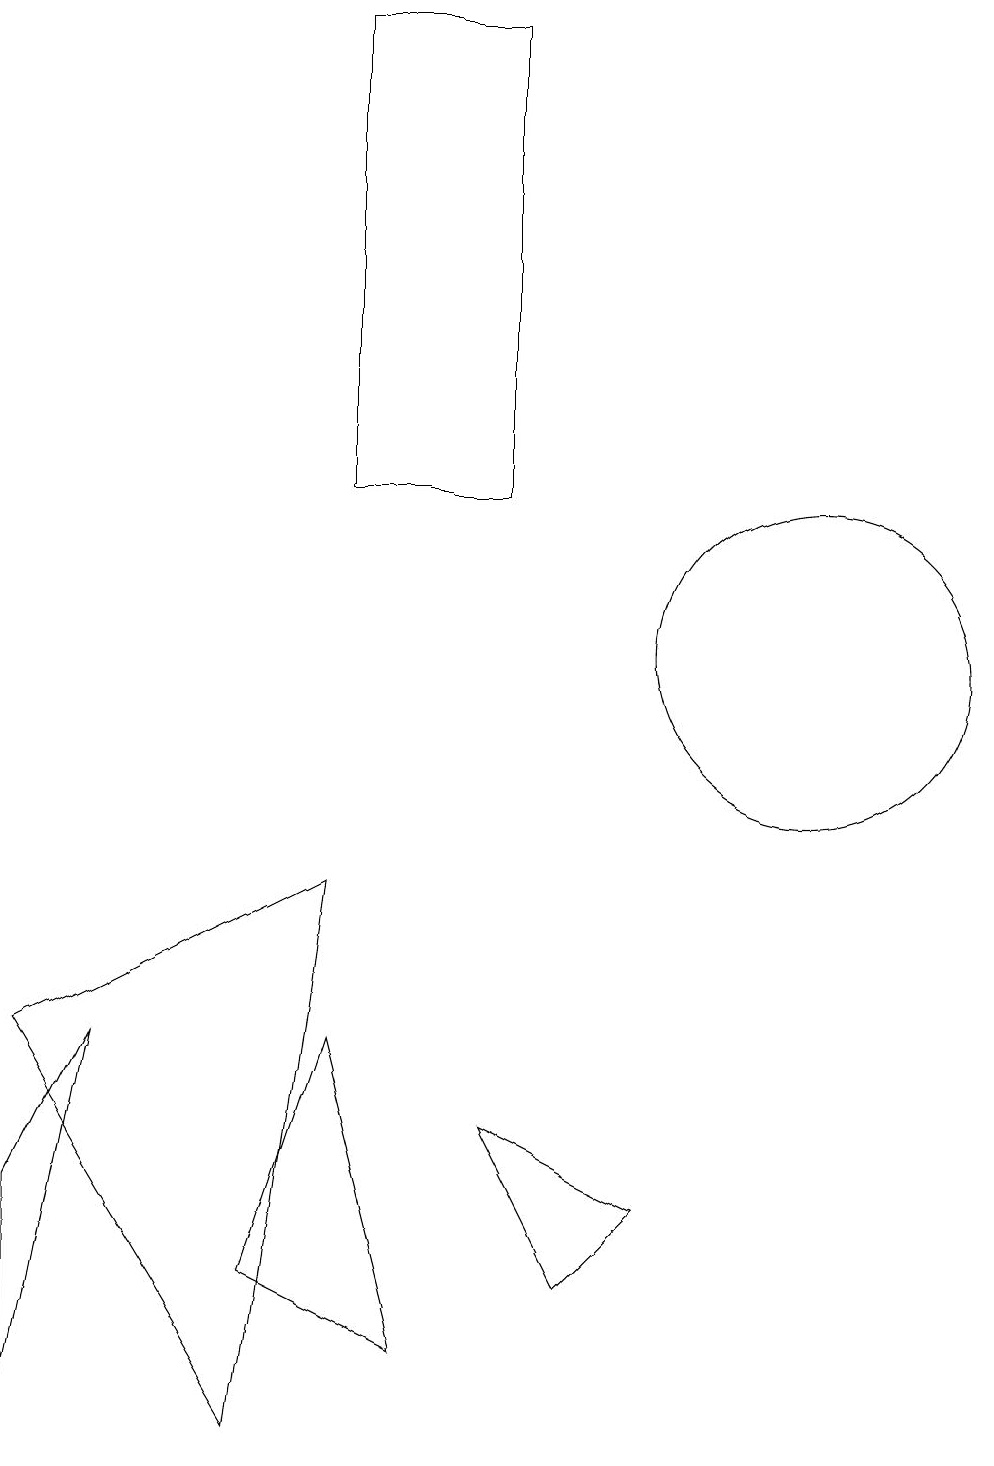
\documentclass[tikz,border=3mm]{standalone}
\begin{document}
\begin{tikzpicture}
\draw (0,0) -- (1,5) -- (0,3) -- cycle;
\draw (3,2) -- (5,1) -- (4,5) -- cycle;
\draw (8,3) -- (6,4) -- (7,2) -- cycle;
\draw (11,12) circle (0);
\draw (6,18) rectangle (4,12);
\draw (10,10) circle (0);
\draw (10,10) circle (2);
\draw (0,5) -- (3,0) -- (4,7) -- cycle;
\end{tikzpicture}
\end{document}